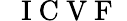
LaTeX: \mathrm{~\textit~{~I~C~V~F~}~}